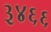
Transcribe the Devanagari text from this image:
३४६६